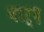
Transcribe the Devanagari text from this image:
बार्द